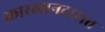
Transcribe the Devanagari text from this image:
कारखानदारात